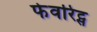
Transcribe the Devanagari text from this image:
फेवरिट्स